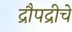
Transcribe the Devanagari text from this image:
द्रौपद्रीचे